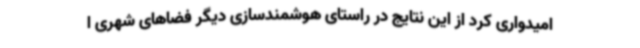
امیدواری کرد از این نتایج در راستای هوشمندسازی دیگر فضاهای شهری ا